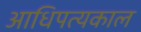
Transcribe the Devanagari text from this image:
आधिपत्यकाल